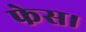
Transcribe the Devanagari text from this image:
फेस।